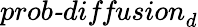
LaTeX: \textit{prob-diffusion}_{d}